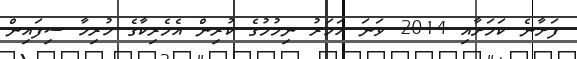
ފަށާނެ ކަމަށާއި 2014 ވަނަ އަހަރު ނިމުމުގެ ކުރިން އެެމެރިކާގެ ހުރިހާ ސިފައިން